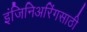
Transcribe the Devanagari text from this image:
इंजिनिअरिंगसाठी